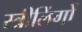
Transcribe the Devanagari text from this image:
स्त्रीलिंगों